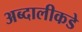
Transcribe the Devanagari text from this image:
अब्दालीकडे